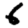
Digit: 6